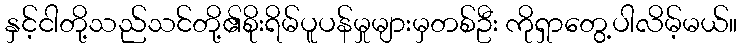
နှင့်ငါတို့သည်သင်တို့၏စိုးရိမ်ပူပန်မှုများမှတစ်ဦး ကိုရှာတွေ့ပါလိမ့်မယ်။